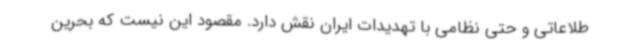
طلاعاتی و حتی نظامی با تهدیدات ایران نقش دارد. مقصود این نیست که بحرین